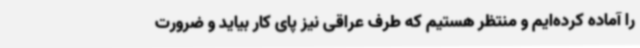
را آماده کرده‌ایم و منتظر هستیم که طرف عراقی نیز پای کار بیاید و ضرورت